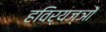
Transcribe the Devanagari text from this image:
हविर्यज्ञों